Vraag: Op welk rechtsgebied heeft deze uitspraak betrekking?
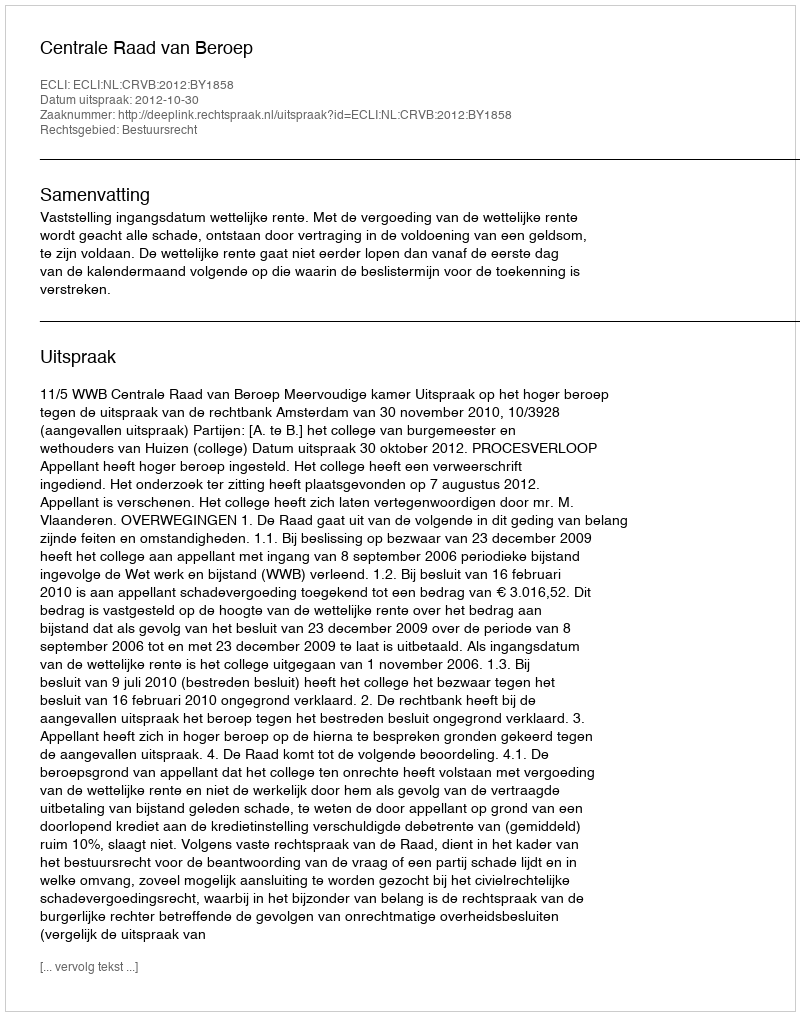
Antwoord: Bestuursrecht